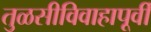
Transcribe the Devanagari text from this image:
तुळसीविवाहापूर्वी